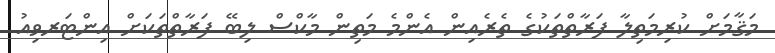
މަޤާމަށް ކުރިމަތިލާ ފަރާތްތަކުގެ ތެރެއިން އެންމެ މަތިން މާކްސް ލިބޭ ފަރާތްތަކަށް އިންޓަރވިއު